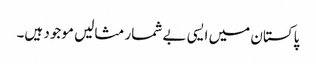
پاکستان میں ایسی بے شمار مثالیں موجود ہیں۔